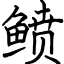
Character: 鲼